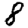
Digit: 8